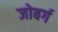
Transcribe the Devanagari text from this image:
जोबर्ग